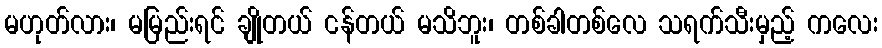
မဟုတ်လား၊ မမြည်းရင် ချိုတယ် ငန်တယ် မသိဘူး၊ တစ်ခါတစ်လေ သရက်သီးမှည့် ကလေး